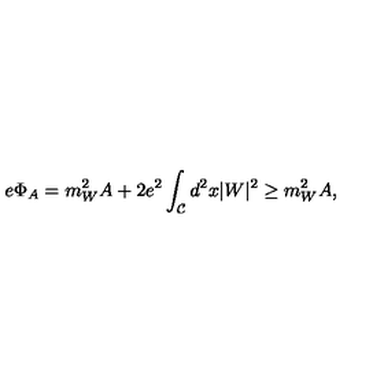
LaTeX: e \Phi _ { A } = m _ { W } ^ { 2 } A + 2 e ^ { 2 } \int _ { \cal C } d ^ { 2 } x | W | ^ { 2 } \ge m _ { W } ^ { 2 } A ,